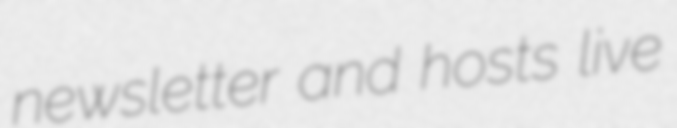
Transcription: newsletter and hosts live